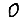
Digit: 0